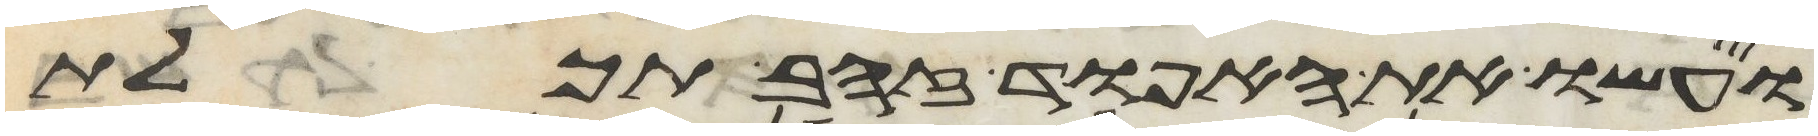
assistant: ועשו את האפוד זהב תכלת